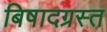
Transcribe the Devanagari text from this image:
बिषादग्रस्त